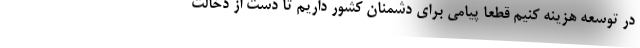
در توسعه هزینه کنیم قطعا پیامی برای دشمنان کشور داریم تا دست از دخالت